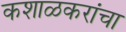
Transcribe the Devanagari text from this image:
कशाळकरांचा